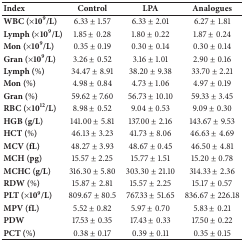
<table><thead><tr><td><b>Index</b></td><td><b>Control</b></td><td><b>LPA</b></td><td><b>Analogues</b></td></tr></thead><tbody><tr><td><b>WBC (×10</b><sup><b>9</b></sup><b>/L)</b></td><td>6.33 ± 1.57</td><td>6.33 ± 2.01</td><td>6.27 ± 1.81</td></tr><tr><td><b>Lymph (×10</b><sup><b>9</b></sup><b>/L)</b></td><td>1.85 ± 0.28</td><td>1.80 ± 0.22</td><td>1.87 ± 0.24</td></tr><tr><td><b>Mon (×10</b><sup><b>9</b></sup><b>/L)</b></td><td>0.35 ± 0.19</td><td>0.30 ± 0.14</td><td>0.30 ± 0.14</td></tr><tr><td><b>Gran (×10</b><sup><b>9</b></sup><b>/L)</b></td><td>3.26 ± 0.52</td><td>3.16 ± 1.01</td><td>2.90 ± 0.16</td></tr><tr><td><b>Lymph (%)</b></td><td>34.47 ± 8.91</td><td>38.20 ± 9.38</td><td>33.70 ± 2.21</td></tr><tr><td><b>Mon (%)</b></td><td>4.98 ± 0.84</td><td>4.73 ± 1.06</td><td>4.97 ± 0.19</td></tr><tr><td><b>Gran (%)</b></td><td>59.62 ± 7.60</td><td>56.73 ± 10.10</td><td>59.33 ± 3.45</td></tr><tr><td><b>RBC (×10</b><sup><b>12</b></sup><b>/L)</b></td><td>8.98 ± 0.52</td><td>9.04 ± 0.53</td><td>9.09 ± 0.30</td></tr><tr><td><b>HGB (g/L)</b></td><td>141.00 ± 5.81</td><td>137.00 ± 2.16</td><td>143.67 ± 9.53</td></tr><tr><td><b>HCT (%)</b></td><td>46.13 ± 3.23</td><td>41.73 ± 8.06</td><td>46.63 ± 4.69</td></tr><tr><td><b>MCV (fL)</b></td><td>48.27 ± 3.93</td><td>48.67 ± 0.45</td><td>46.50 ± 4.81</td></tr><tr><td><b>MCH (pg)</b></td><td>15.57 ± 2.25</td><td>15.77 ± 1.51</td><td>15.20 ± 0.78</td></tr><tr><td><b>MCHC (g/L)</b></td><td>316.30 ± 5.80</td><td>303.30 ± 21.10</td><td>314.33 ± 2.36</td></tr><tr><td><b>RDW (%)</b></td><td>15.87 ± 2.81</td><td>15.57 ± 2.25</td><td>15.17 ± 0.57</td></tr><tr><td><b>PLT (×10</b><sup><b>9</b></sup><b>/L)</b></td><td>809.67 ± 80.5</td><td>767.33 ± 51.65</td><td>836.67 ± 226.18</td></tr><tr><td><b>MPV (fL)</b></td><td>5.52 ± 0.82</td><td>5.97 ± 0.70</td><td>5.83 ± 0.21</td></tr><tr><td><b>PDW</b></td><td>17.53 ± 0.35</td><td>17.43 ± 0.33</td><td>17.50 ± 0.22</td></tr><tr><td><b>PCT (%)</b></td><td>0.38 ± 0.17</td><td>0.39 ± 0.11</td><td>0.35 ± 0.15</td></tr></tbody></table>